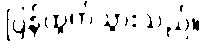
ပြန်ထွက်သွားသည်။